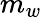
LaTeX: m_{w}